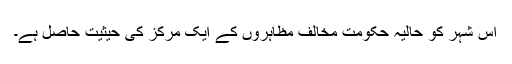
اس شہر کو حالیہ حکومت مخالف مظاہروں کے ایک مرکز کی حیثیت حاصل ہے۔